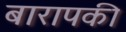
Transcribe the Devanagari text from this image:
बारापकी